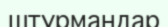
штурмандар